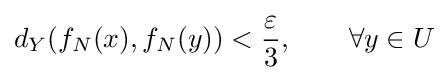
d_{Y}(f_{N}(x),f_{N}(y))<{\frac {\varepsilon }{3}},\qquad \forall y\in U